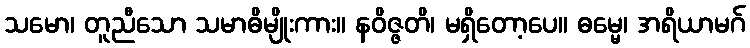
သမော၊ တူညီသော သမာဓိမျိုးကား။ နဝိဇ္ဇတိ၊ မရှိတော့ပေ။ ဓမ္မေ၊ အရိယာမဂ်